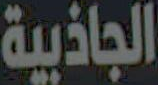
الجاذبية